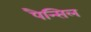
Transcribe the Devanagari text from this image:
पैन्सिल